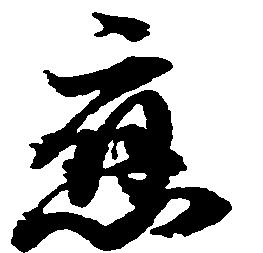
応